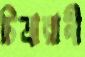
চিত্রারানী